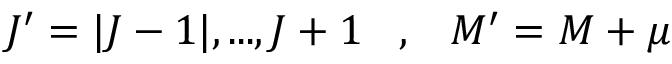
J ^ { \prime } = | J - 1 | , . . . , J + 1 \; \; \; , \; \; \; M ^ { \prime } = M + \mu